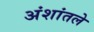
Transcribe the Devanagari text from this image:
अंशांतले